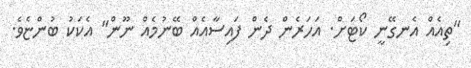
"ތިއެއް އެނގޭނީ ކޯޓަށް. އަހަރެން ދެން ފައިސާއެއް ބޭނުމެއް ނޫން" އެކަަކު ބުންޏެވެ.